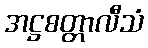
အဋ္ဌစတ္တာလီသံ